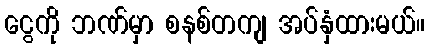
ငွေကို ဘဏ်မှာ စနစ်တကျ အပ်နှံထားမယ်။